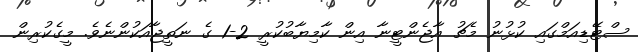
ސްޓޭޑިއަމްގައި ކުޅުނު މެޗު އާޖެންޓީނާ އިން ކާމިޔާބުކުރީ 2-1 ގެ ނަތީޖާއަކުންނެވެ. މީގެކުރިން